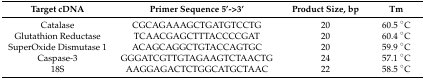
| Target cDNA | Primer Sequence 5’->3’ | Product Size, bp | Tm |
 | --- | --- | --- | --- |
 | Catalase | CGCAGAAAGCTGATGTCCTG | 20 | 60.5 °C |
 | Glutathion Reductase | TCAACGAGCTTTACCCCGAT | 20 | 60.4 °C |
 | SuperOxide Dismutase 1 | ACAGCAGGCTGTACCAGTGC | 20 | 59.9 °C |
 | Caspase-3 | GGGATCGTTGTAGAAGTCTAACTG | 24 | 57.1 °C |
 | 18S | AAGGAGACTCTGGCATGCTAAC | 22 | 58.5 °C |